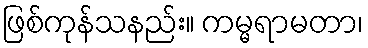
ဖြစ်ကုန်သနည်း။ ကမ္မရာမတာ၊